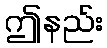
ဤနည်း